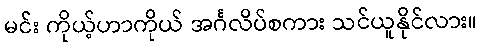
မင်း ကိုယ့်ဟာကိုယ် အင်္ဂလိပ်စကား သင်ယူနိုင်လား။